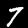
Label: 7